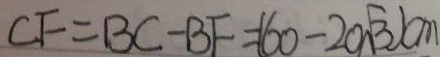
C F = B C - B F = ( 6 0 - 2 0 \sqrt { 3 } ) c m